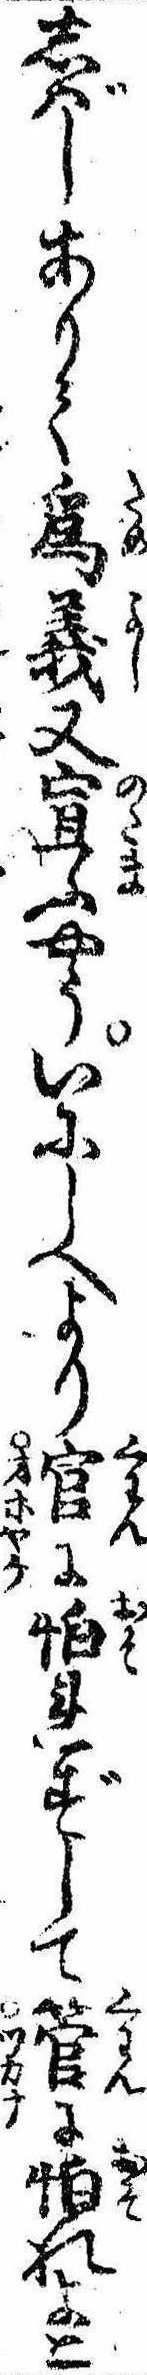
しばしありて為義又宣ふやういにしへより官に怕れずして管に怕れよと